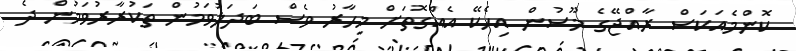
ކޮންމެއަކަސް ރާއްޖޭގެ މޫސުން އިހެކޭ އެއްގޮތަށް މިހާރު ވެސް ބަދަލުވަމުން ތަކުރާރުވަމުން ދެ